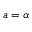
a = \alpha